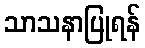
သာသနာပြုရန်